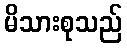
မိသားစုသည်